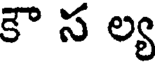
కౌ స ల్య